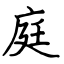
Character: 庭